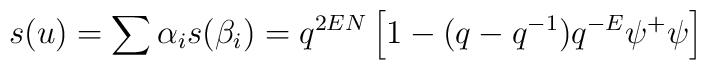
s(u)=\sum\alpha_{i}s(\beta_{i})=q^{2EN}\left[1-(q-q^{-1})q^{-E}\psi^{+}\psi\right]